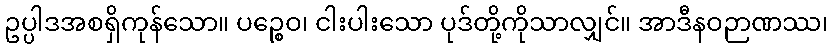
ဥပ္ပါဒအစရှိကုန်သော။ ပဉ္စေဝ၊ ငါးပါးသော ပုဒ်တို့ကိုသာလျှင်။ အာဒီနဝဉာဏဿ၊